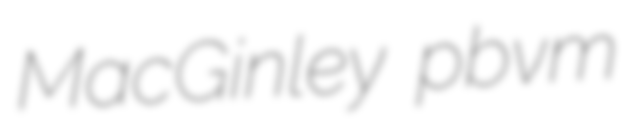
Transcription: MacGinley pbvm